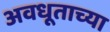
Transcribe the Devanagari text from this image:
अवधूताच्या